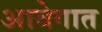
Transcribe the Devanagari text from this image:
आवेगात